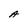
Character: A